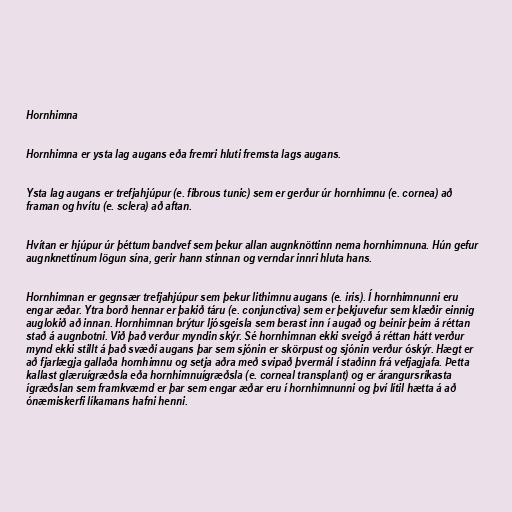
Hornhimna

Hornhimna er ysta lag augans eða fremri hluti fremsta lags augans.

Ysta lag augans er trefjahjúpur (e. fibrous tunic) sem er gerður úr hornhimnu (e. cornea) að
framan og hvítu (e. sclera) að aftan.

Hvítan er hjúpur úr þéttum bandvef sem þekur allan augnknöttinn nema hornhimnuna. Hún gefur
augnknettinum lögun sína, gerir hann stinnan og verndar innri hluta hans.

Hornhimnan er gegnsær trefjahjúpur sem þekur lithimnu augans (e. iris). Í hornhimnunni eru
engar æðar. Ytra borð hennar er þakið táru (e. conjunctiva) sem er þekjuvefur sem klæðir einnig
auglokið að innan. Hornhimnan brýtur ljósgeisla sem berast inn í augað og beinir þeim á réttan
stað á augnbotni. Við það verður myndin skýr. Sé hornhimnan ekki sveigð á réttan hátt verður
mynd ekki stillt á það svæði augans þar sem sjónin er skörpust og sjónin verður óskýr. Hægt er
að fjarlægja gallaða hornhimnu og setja aðra með svipað þvermál í staðinn frá vefjagjafa. Þetta
kallast glæruígræðsla eða hornhimnuígræðsla (e. corneal transplant) og er árangursríkasta
ígræðslan sem framkvæmd er þar sem engar æðar eru í hornhimnunni og því lítil hætta á að
ónæmiskerfi líkamans hafni henni.